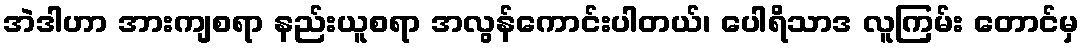
အဲဒါဟာ အားကျစရာ နည်းယူစရာ အလွန်ကောင်းပါတယ်၊ ပေါရိသာဒ လူကြမ်း တောင်မှ